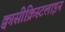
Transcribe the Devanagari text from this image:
क्वासीक्रिस्टलाइन